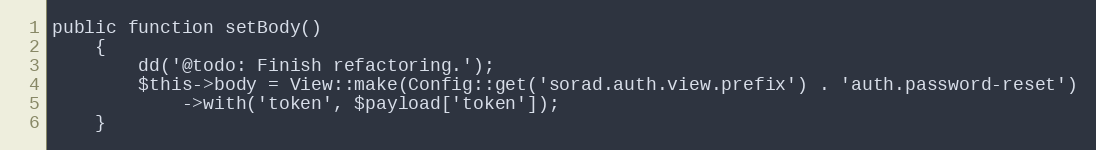
Language: PHP
public function setBody()
	{
		dd('@todo: Finish refactoring.');
		$this->body = View::make(Config::get('sorad.auth.view.prefix') . 'auth.password-reset')
			->with('token', $payload['token']);
	}